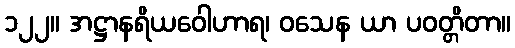
၁၂၂။ အဋ္ဌာနရိယဝေါဟာရ၊ ဝသေန ယာ ပဝတ္တိတာ။